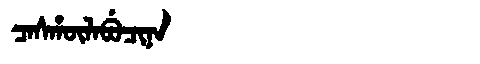
Manchu: ᠴᠠᠰᡥᡡᠯᠠᠪᡠᠴᡳᠨᠠ
Romanization: CASHŪLABUCINA